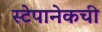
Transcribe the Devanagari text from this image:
स्टेपानेकची